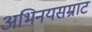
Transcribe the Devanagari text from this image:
अभिनयसम्राट